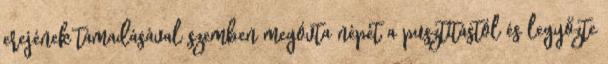
erejének támadásával szemben megóvta népét a pusztítástól és legyőzte